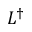
L ^ { \dagger }